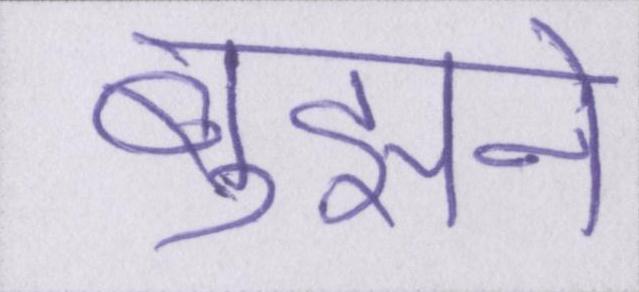
बुझने